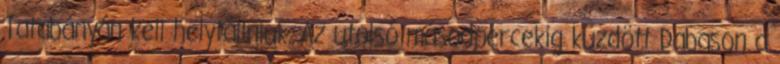
Tatabányán kell helytállniuk. Az utolsó másodpercekig küzdött Dabason a